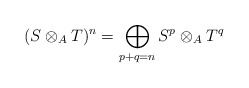
\begin{align*}(S \otimes_A T)^n = \bigoplus_{p + q = n} S^p\otimes_A T^q\end{align*}